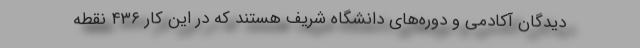
‌دیدگان آکادمی‌ و دوره‌های دانشگاه شریف هستند که در این کار ۴۳۶ نقطه